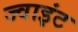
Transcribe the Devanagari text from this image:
ज्‍वाइंट